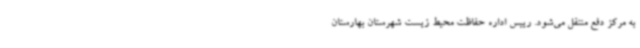
به مرکز دفع منتقل می‌شود. رییس اداره حفاظت محیط زیست شهرستان بهارستان